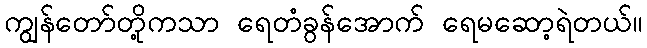
ကျွန်တော်တို့ကသာ ရေတံခွန်အောက် ရေမဆော့ရဲတယ်။